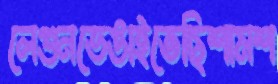
লেগুনভেঙাইতেছিশামশ